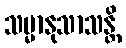
သမ္မာနုသာသန္တိ